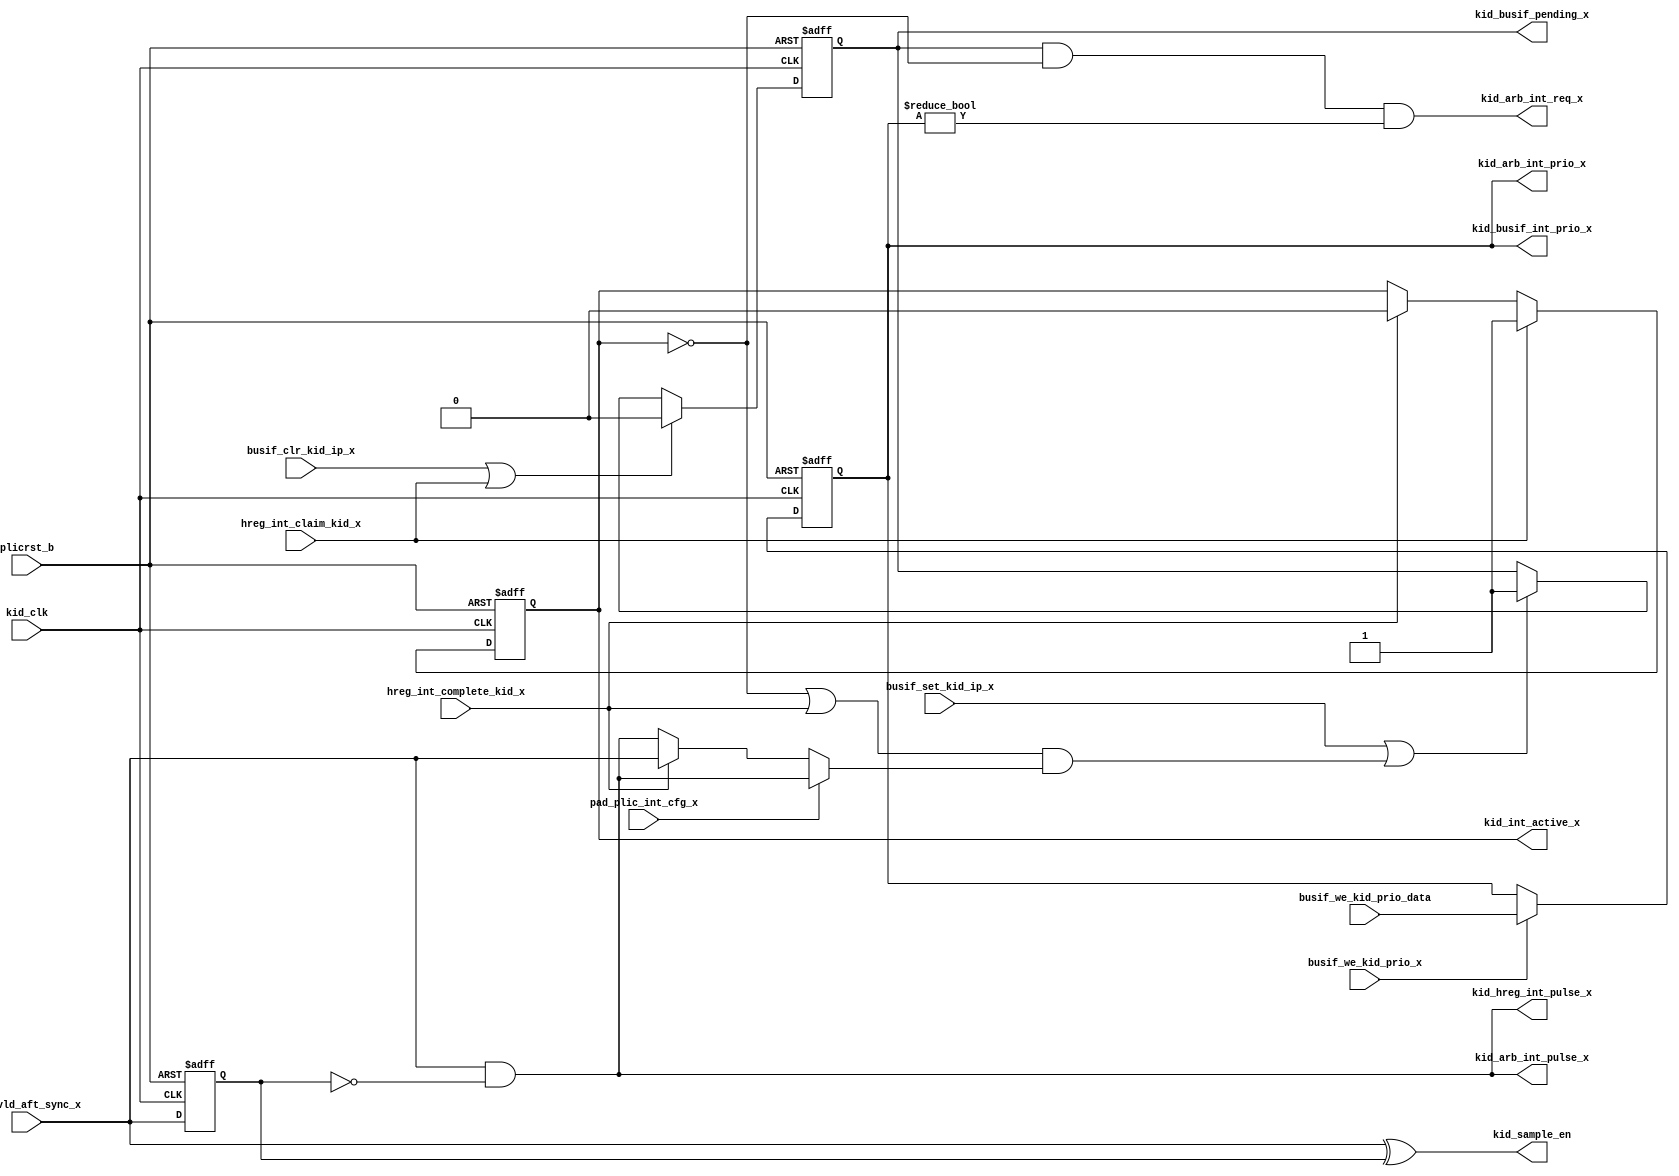
/*Copyright 2020-2021 T-Head Semiconductor Co., Ltd.

Licensed under the Apache License, Version 2.0 (the "License");
you may not use this file except in compliance with the License.
You may obtain a copy of the License at

    http://www.apache.org/licenses/LICENSE-2.0

Unless required by applicable law or agreed to in writing, software
distributed under the License is distributed on an "AS IS" BASIS,
WITHOUT WARRANTIES OR CONDITIONS OF ANY KIND, either express or implied.
See the License for the specific language governing permissions and
limitations under the License.
*/
module plic_int_kid(
  busif_clr_kid_ip_x,
  busif_set_kid_ip_x,
  busif_we_kid_prio_data,
  busif_we_kid_prio_x,
  hreg_int_claim_kid_x,
  hreg_int_complete_kid_x,
  int_vld_aft_sync_x,
  pad_plic_int_cfg_x,
  kid_arb_int_prio_x,
  kid_arb_int_pulse_x,
  kid_arb_int_req_x,
  kid_busif_int_prio_x,
  kid_busif_pending_x,
  kid_clk,
  kid_hreg_int_pulse_x,
  kid_sample_en,
  kid_int_active_x,
  plicrst_b
);

parameter       PRIO_BIT = 5;
// &Ports; @26
input                   busif_clr_kid_ip_x;     
input                   busif_set_kid_ip_x;     
input   [PRIO_BIT-1:0]  busif_we_kid_prio_data; 
input                   busif_we_kid_prio_x;    
input                   hreg_int_claim_kid_x;   
input                   hreg_int_complete_kid_x; 
input                   int_vld_aft_sync_x;     
input                   pad_plic_int_cfg_x;
input                   kid_clk;                
input                   plicrst_b;              
output  [PRIO_BIT-1:0]  kid_arb_int_prio_x;     
output                  kid_arb_int_pulse_x;    
output                  kid_arb_int_req_x;      
output  [PRIO_BIT-1:0]  kid_busif_int_prio_x;   
output                  kid_busif_pending_x;    
output                  kid_hreg_int_pulse_x;   
output                  kid_sample_en;          
output                  kid_int_active_x;          

// &Regs; @27
reg                     int_active;             
reg                     int_pending;            
reg     [PRIO_BIT-1:0]  int_priority;           
reg                     int_vld_ff;             

// &Wires; @28
wire                    busif_clr_kid_ip_x;     
wire                    busif_set_kid_ip_x;     
wire    [PRIO_BIT-1:0]  busif_we_kid_prio_data; 
wire                    busif_we_kid_prio_x;    
wire                    hreg_int_claim_kid_x;   
wire                    hreg_int_complete_kid_x; 
wire                    int_pulse;              
wire                    int_vld;                
wire                    int_vld_aft_sync_x;     
wire    [PRIO_BIT-1:0]  kid_arb_int_prio_x;     
wire                    kid_arb_int_pulse_x;    
wire                    kid_arb_int_req_x;      
wire    [PRIO_BIT-1:0]  kid_busif_int_prio_x;   
wire                    kid_busif_pending_x;    
wire                    kid_clk;                
wire                    kid_hreg_int_pulse_x;   
wire                    kid_sample_en;          
wire                    plicrst_b;              
wire                    int_new_pending;
wire                    int_new_set_pending;
wire                    level_int_pending;


assign int_vld = int_vld_aft_sync_x;

//------------------------------------------------
//   sample the interrupt
//------------------------------------------------

assign kid_sample_en = int_vld ^ int_vld_ff;

always@(posedge kid_clk or negedge plicrst_b)
begin
  if(!plicrst_b)
    int_vld_ff <= 1'b0;
  else 
    int_vld_ff <= int_vld;
end

assign int_pulse           = int_vld && !int_vld_ff;
assign int_new_pending     = pad_plic_int_cfg_x ? int_pulse 
                                                : level_int_pending;
assign level_int_pending   = hreg_int_complete_kid_x ? int_vld : int_pulse;
assign int_new_set_pending = (!int_active || hreg_int_complete_kid_x)
                             && int_new_pending;
//------------------------------------------------
// PENDING register
//------------------------------------------------

always @(posedge kid_clk or negedge plicrst_b)
begin
  if(!plicrst_b)
    int_pending <= 1'b0;
  else if(busif_clr_kid_ip_x || hreg_int_claim_kid_x)
    int_pending <= 1'b0;
  else if(busif_set_kid_ip_x || int_new_set_pending)
    int_pending <= 1'b1;
end


//------------------------------------------------
// PRIORITY register
//------------------------------------------------
always@(posedge kid_clk or negedge plicrst_b)
begin
  if(!plicrst_b)
    int_priority[PRIO_BIT-1:0] <= {PRIO_BIT{1'b0}};
  else if(busif_we_kid_prio_x)
    int_priority[PRIO_BIT-1:0] <= busif_we_kid_prio_data[PRIO_BIT-1:0];
end

//===========================================================
//     interrupt active register
//     using this to mask-off the pending
//===========================================================
always @(posedge kid_clk or negedge plicrst_b)
begin
  if(!plicrst_b)
    int_active  <= 1'b0;
  else if(hreg_int_claim_kid_x) 
    int_active  <= 1'b1;
  else if(hreg_int_complete_kid_x)
    int_active  <= 1'b0;
end

assign kid_arb_int_pulse_x                = int_pulse;
assign kid_arb_int_req_x                  = int_pending 
                                            && !int_active 
                                            && (int_priority[PRIO_BIT-1:0] != {PRIO_BIT{1'b0}});
assign kid_arb_int_prio_x[PRIO_BIT-1:0]   = int_priority[PRIO_BIT-1:0];
assign kid_hreg_int_pulse_x               = int_pulse;
assign kid_busif_int_prio_x[PRIO_BIT-1:0] = int_priority[PRIO_BIT-1:0];
assign kid_busif_pending_x                = int_pending;

//for func coverage
assign kid_int_active_x			  = int_active;
// &ModuleEnd; @96
endmodule